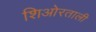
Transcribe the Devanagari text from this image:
शिओरताली